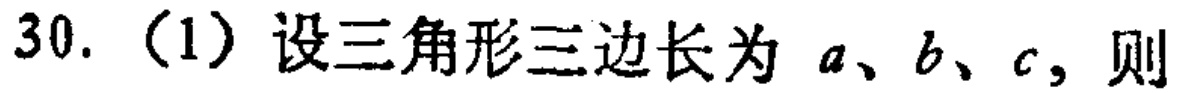
30. （1）设三角形三边长为 \(a\)、\(b\)、\(c\)，则